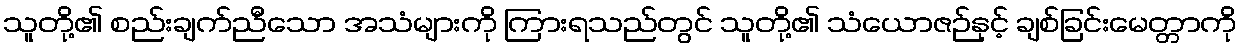
သူတို့၏ စည်းချက်ညီသော အသံများကို ကြားရသည်တွင် သူတို့၏ သံယောဇဉ်နှင့် ချစ်ခြင်းမေတ္တာကို